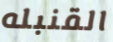
القنبله